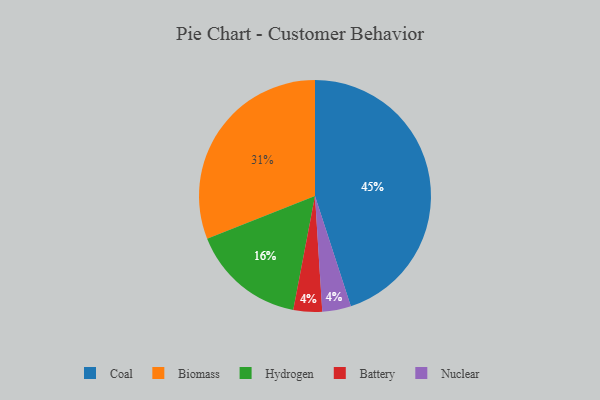
{"axis": {"x": "Category", "y": "Percentage"}, "legend": ["Battery", "Biomass", "Coal", "Hydrogen", "Nuclear"], "data": [{"x": "Battery", "y": 4, "type": "Battery"}, {"x": "Hydrogen", "y": 16, "type": "Hydrogen"}, {"x": "Coal", "y": 45, "type": "Coal"}, {"x": "Biomass", "y": 31, "type": "Biomass"}, {"x": "Nuclear", "y": 4, "type": "Nuclear"}]}